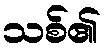
သစ်၏